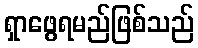
ရှာဖွေရမည်ဖြစ်သည်